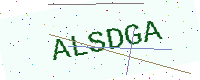
Text: ALSDGA